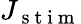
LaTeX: J_{\mathrm{~s~t~i~m~}}